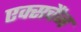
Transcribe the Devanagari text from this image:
एक्सचैंज